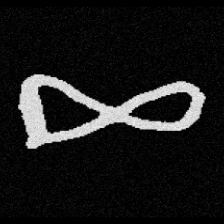
Pyu character \u2014 Myanmar letter: ဆ (romanized: cha)